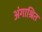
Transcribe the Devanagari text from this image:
अंगाश्रित